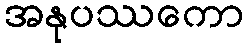
အနုပဿကော